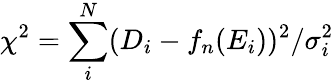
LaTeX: \chi^{2}=\sum_{i}^{N}(D_{i}-f_{n}(E_{i}))^{2}/\sigma_{i}^{2}